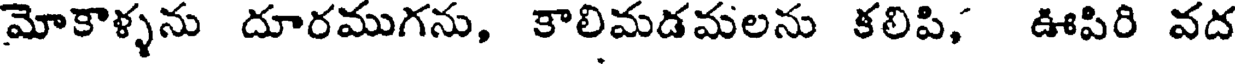
మోకాళ్ళను దూరముగను, కాలిమడమలను కలిపి, ఊపిరి వద